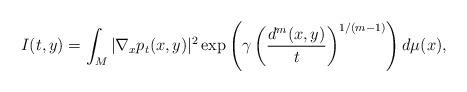
LaTeX: \begin{align*}I(t,y)=\int_M |\nabla_x p_t(x,y)|^2\exp\left(\gamma\left(\frac{d^m(x,y)}{t}\right)^{1/(m-1)}\right)d\mu(x),\end{align*}